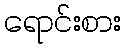
ရောင်းစား